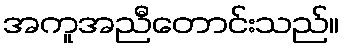
အကူအညီတောင်းသည်။